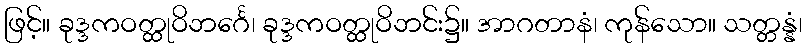
ဖြင့်။ ခုဒ္ဒကဝတ္ထုဝိဘင်္ဂေ၊ ခုဒ္ဒကဝတ္ထုဝိဘင်း၌။ အာဂတာနံ၊ ကုန်သော။ သတ္တန္နံ၊